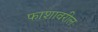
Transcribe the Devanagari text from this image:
फाशावरील